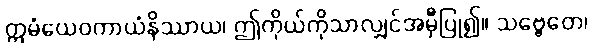
ဣမံယေဝကာယံနိဿာယ၊ ဤကိုယ်ကိုသာလျှင်အမှီပြု၍။ သဗ္ဗေတေ၊